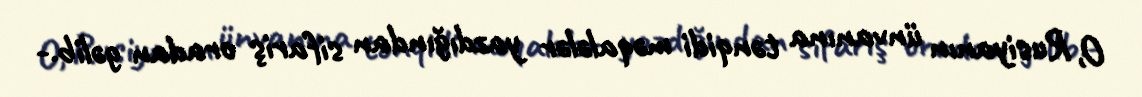
O, Rusiyanın ünvanına tənqidi məqalələr yazdığından sifariş oradan gəlib.-